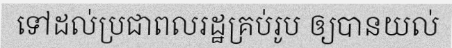
ទៅដល់ប្រជាពលរដ្ឋគ្រប់រូប ឲ្យបានយល់